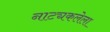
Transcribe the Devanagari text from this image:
नाट्यकलेला